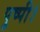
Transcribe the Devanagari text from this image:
पुष्पी।